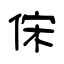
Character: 俕